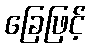
ခြေဖြင့်